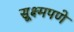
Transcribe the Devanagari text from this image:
सूक्ष्मपणे